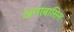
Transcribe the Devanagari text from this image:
अनाबासिस